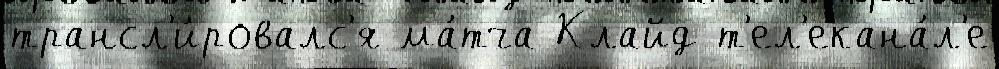
трансл'и́ровалс'я ма́тча Клайд т'ел'екана́л'е